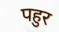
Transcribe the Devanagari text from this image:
पहुर